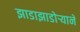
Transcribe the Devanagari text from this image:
झाडाझाडोऱ्याने